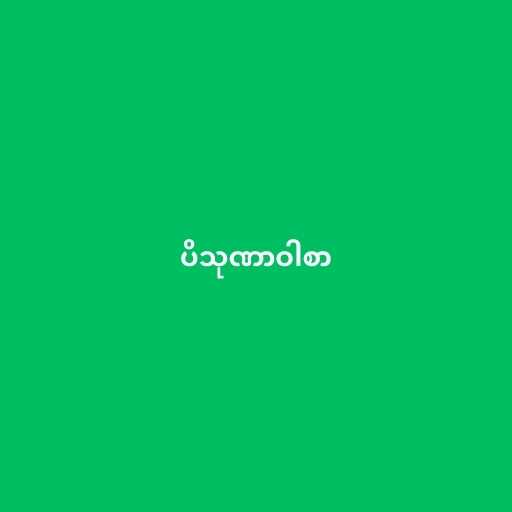
ပိသုဏာဝါစာ